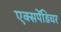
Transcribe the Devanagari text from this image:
एक्‍सपेंडिचर